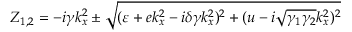
Z _ { 1 , 2 } = - i \gamma k _ { x } ^ { 2 } \pm \sqrt { ( \varepsilon + e k _ { x } ^ { 2 } - i \delta \gamma k _ { x } ^ { 2 } ) ^ { 2 } + ( u - i \sqrt { \gamma _ { 1 } \gamma _ { 2 } } k _ { x } ^ { 2 } ) ^ { 2 } }